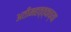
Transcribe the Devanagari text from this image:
अतीमहत्त्वाच्या